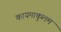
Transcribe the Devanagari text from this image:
कायमाकुलम